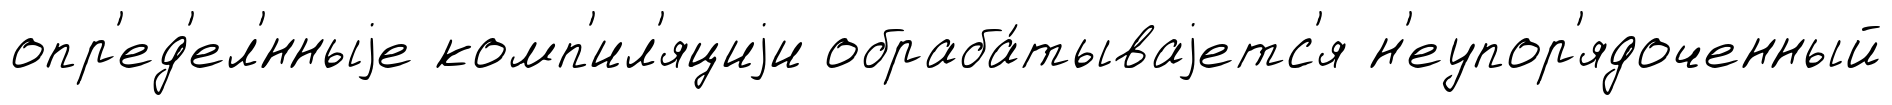
опр'ед'ел'́нныjе комп'ил'яциjи обраба́тываjетс'я н'еупор'ядоченный